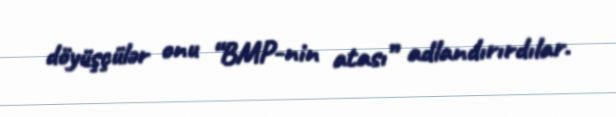
döyüşçülər onu “BMP-nin atası” adlandırırdılar.